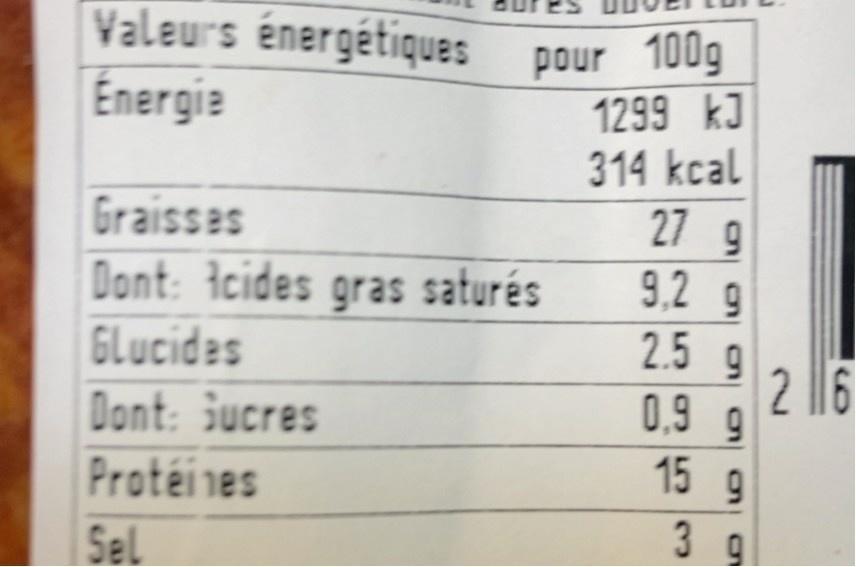
Valeurs énergétiques pour 100g Énergia
1299 kJ 314 kcal
27 g 9,2 9
Graisses
Dont: Icides gras saturés
2.5 9 2 16 0,9 g 15 9
GLucides
Dont: Gucres
Proteines
3 g
Sel